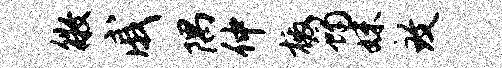
徵戚隅仲檄蝎妹致